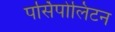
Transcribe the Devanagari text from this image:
पर्सिपोलिटन